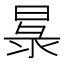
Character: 𭦧